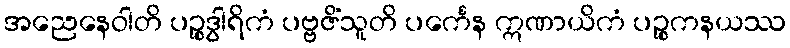
အညေနေဝါတိ ပဉ္စဒွါရိကံ ပဗ္ဗဇိံသူတိ ပင်္ကေန ဣဏာယိကံ ပဉ္စကနယဿ